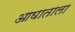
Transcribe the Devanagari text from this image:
आघाताला